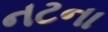
નટના